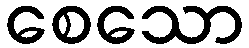
စေသော